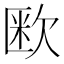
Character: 𭭏